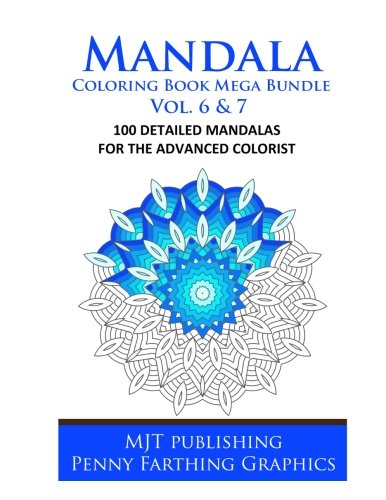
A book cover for Mandala Coloring Book Mega Bundle Vol. 6 & 7: 100 Detailed Mandala Patterns; Mjt Publishing; Arts & Photography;